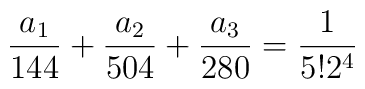
\frac{a_1}{144}+\frac{a_2}{504}+\frac{a_3}{280}=\frac{1}{5!2^4}